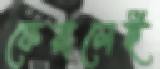
ফেরালেই